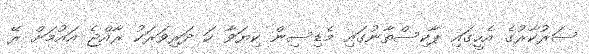
ސަރުކާރުގެ އެހީގައި ޕާކިސްތާނުގައި މެޑިސިން ކިޔަވާ ހަ ދަރިވަރަކު ރާއްޖެ އައުމަށް ރޭ